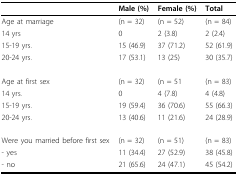
<table><thead><tr><td></td><td><b>Male (%)</b></td><td><b>Female (%)</b></td><td><b>Total</b></td></tr></thead><tbody><tr><td>Age at marriage</td><td>(n = 32)</td><td>(n = 52)</td><td>(n = 84)</td></tr><tr><td>14 yrs</td><td>0</td><td>2 (3.8)</td><td>2 (2.4)</td></tr><tr><td>15-19 yrs.</td><td>15 (46.9)</td><td>37 (71.2)</td><td>52 (61.9)</td></tr><tr><td>20-24 yrs.</td><td>17 (53.1)</td><td>13 (25)</td><td>30 (35.7)</td></tr><tr><td>Age at first sex</td><td>(n = 32)</td><td>(n = 51</td><td>(n = 83)</td></tr><tr><td>14 yrs.</td><td>0</td><td>4 (7.8)</td><td>4 (4.8)</td></tr><tr><td>15-19 yrs.</td><td>19 (59.4)</td><td>36 (70.6)</td><td>55 (66.3)</td></tr><tr><td>20-24 yrs.</td><td>13 (40.6)</td><td>11 (21.6)</td><td>24 (28.9)</td></tr><tr><td>Were you married before first sex</td><td>(n = 32)</td><td>(n = 51)</td><td>(n = 83)</td></tr><tr><td>- yes</td><td>11 (34.4)</td><td>27 (52.9)</td><td>38 (45.8)</td></tr><tr><td>- no</td><td>21 (65.6)</td><td>24 (47.1)</td><td>45 (54.2)</td></tr></tbody></table>